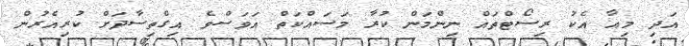
އަދި މިއާ އެކު ރިސޯޓްތައް ނިންމަން ކުރާ މަސައްކަތް އަވަސްވެ އިގްތިސާދަށް ކުރިއެރުން